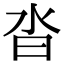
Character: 沓